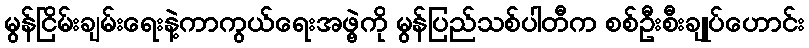
မွန်ငြိမ်းချမ်းရေးနဲ့ကာကွယ်ရေးအဖွဲ့ကို မွန်ပြည်သစ်ပါတီက စစ်ဦးစီးချုပ်ဟောင်း